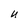
Character: U